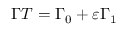
\Gamma T = \Gamma _ { 0 } + \varepsilon \Gamma _ { 1 }